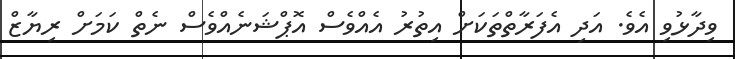
ވިދާޅުވި އެވެ. އަދި އެފަރާތްތަކަށް އިތުރު އެއްވެސް އޮޕްޝަނެއްވެސް ނެތް ކަމަށް ރިޔާޒް